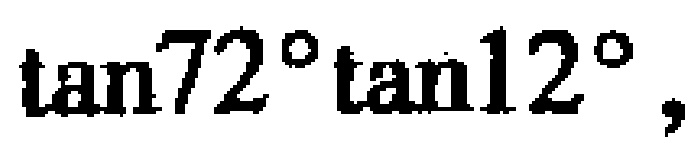
\(\tan72^{\circ}\tan12^{\circ},\)